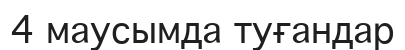
4 маусымда туғандар